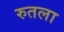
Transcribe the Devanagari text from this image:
रुतला